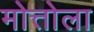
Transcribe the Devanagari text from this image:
मोत्तोला